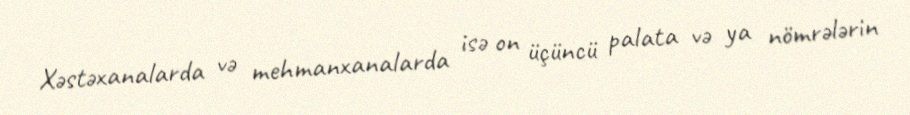
Xəstəxanalarda və mehmanxanalarda isə on üçüncü palata və ya nömrələrin